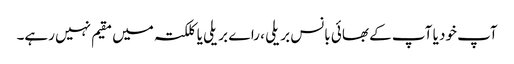
آپ خود یا آپ کے بھائی بانس بریلی ، راے بریلی یا کلکتہ میں مقیم نہیں رہے۔